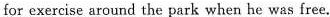
for exercise around the park when he was free.